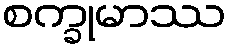
စက္ခုမာဿ